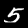
Digit: 5